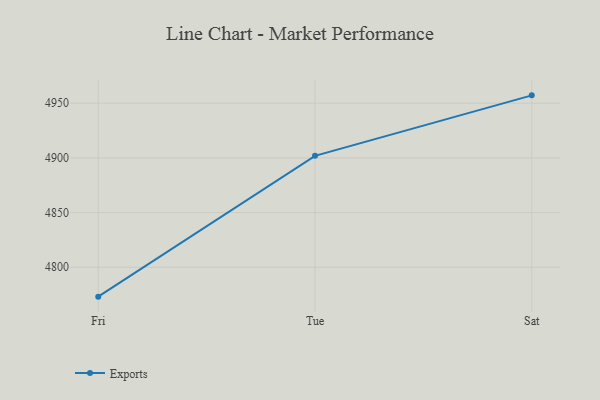
{"axis": {"x": "Day", "y": "Conversion Rate (%)"}, "legend": ["Exports"], "data": [{"x": "Fri", "y": 4773.1, "type": "Exports"}, {"x": "Tue", "y": 4901.9, "type": "Exports"}, {"x": "Sat", "y": 4957.2, "type": "Exports"}]}